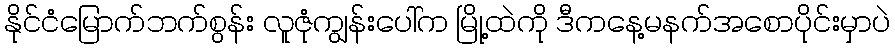
နိုင်ငံမြောက်ဘက်စွန်း လူဇုံကျွန်းပေါ်က မြို့ထဲကို ဒီကနေ့မနက်အစောပိုင်းမှာပဲ